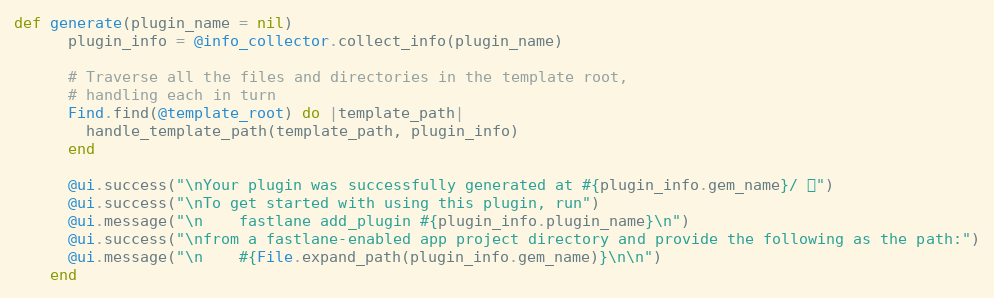
Language: Ruby
def generate(plugin_name = nil)
      plugin_info = @info_collector.collect_info(plugin_name)

      # Traverse all the files and directories in the template root,
      # handling each in turn
      Find.find(@template_root) do |template_path|
        handle_template_path(template_path, plugin_info)
      end

      @ui.success("\nYour plugin was successfully generated at #{plugin_info.gem_name}/ 🚀")
      @ui.success("\nTo get started with using this plugin, run")
      @ui.message("\n    fastlane add_plugin #{plugin_info.plugin_name}\n")
      @ui.success("\nfrom a fastlane-enabled app project directory and provide the following as the path:")
      @ui.message("\n    #{File.expand_path(plugin_info.gem_name)}\n\n")
    end